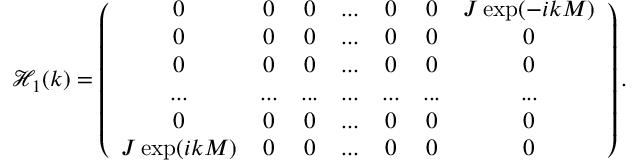
\mathcal { H } _ { 1 } ( k ) = \left( \begin{array} { c c c c c c c } { 0 } & { 0 } & { 0 } & { . . . } & { 0 } & { 0 } & { J \exp ( - i k M ) } \\ { 0 } & { 0 } & { 0 } & { . . . } & { 0 } & { 0 } & { 0 } \\ { 0 } & { 0 } & { 0 } & { . . . } & { 0 } & { 0 } & { 0 } \\ { . . . } & { . . . } & { . . . } & { . . . } & { . . . } & { . . . } & { . . . } \\ { 0 } & { 0 } & { 0 } & { . . . } & { 0 } & { 0 } & { 0 } \\ { J \exp ( i k M ) } & { 0 } & { 0 } & { . . . } & { 0 } & { 0 } & { 0 } \end{array} \right) .